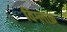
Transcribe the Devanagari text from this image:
विग्लाफ़